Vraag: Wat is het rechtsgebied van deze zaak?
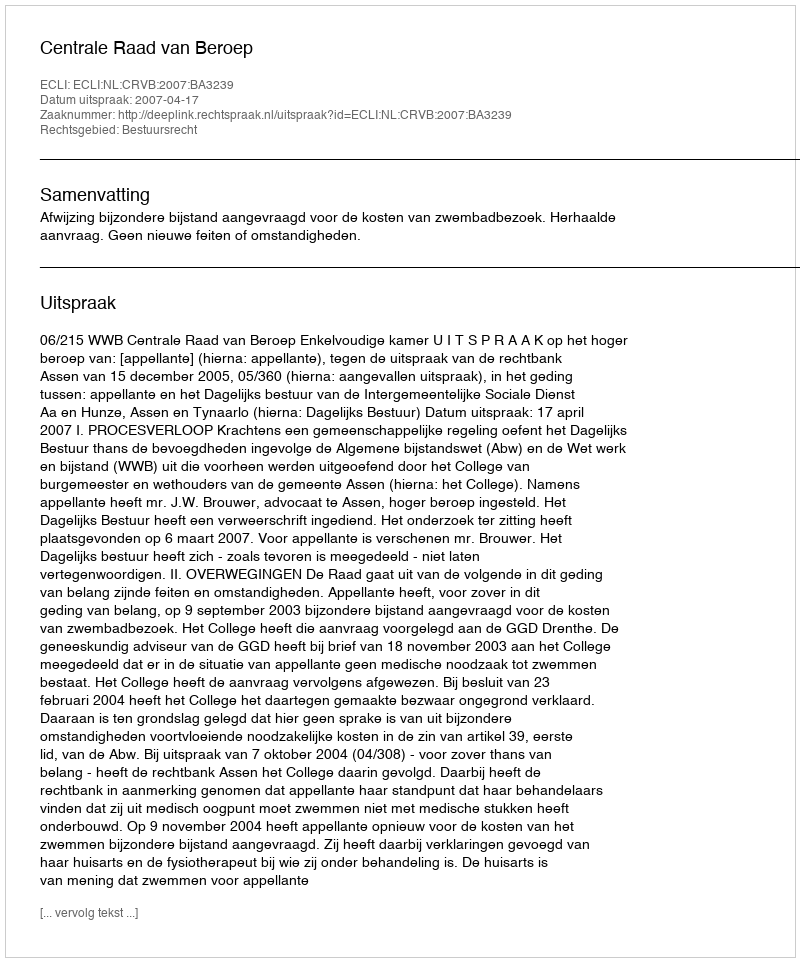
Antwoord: Bestuursrecht